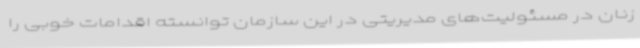
زنان در مسئولیت‌های مدیریتی در این سازمان توانسته اقدامات خوبی را